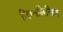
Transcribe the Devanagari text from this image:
जिम्नलिखित